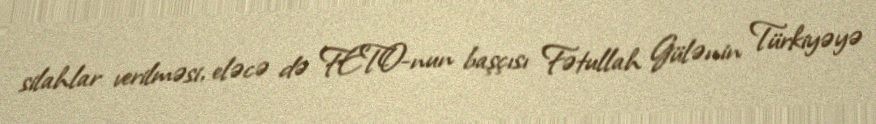
silahlar verilməsi, eləcə də FETO-nun başçısı Fətullah Gülənin Türkiyəyə